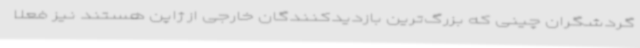
گردشگران چینی که بزرگ‌ترین بازدیدکنندگان خارجی از ژاپن هستند نیز فعلا